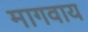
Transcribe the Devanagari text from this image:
मागवाय